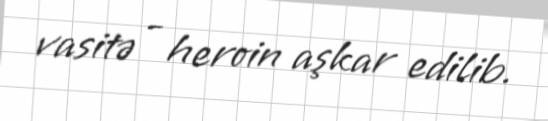
vasitə - heroin aşkar edilib.